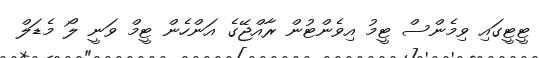
ޓީޓީގައި ވިމެންސް ޓީމު އިވެންޓުން ރާއްޖޭގެ އަންހެން ޓީމް ވަނީ ލޯ މެޑަލް